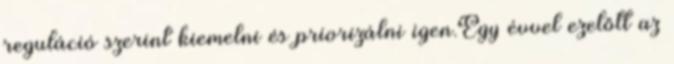
reguláció szerint kiemelni és priorizálni igen.Egy évvel ezelőtt az